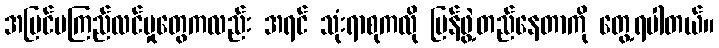
အမြင်မကြည်လင်မှုတွေကလည်း အရင် သုံးရာစုကလို ပြန်ဖွဲ့တည်နေတာကို တွေ့ရပါတယ်။